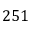
2 5 1